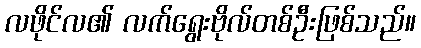
လဖိုင်လ၏ လက်ရွေးဗိုလ်တစ်ဦးဖြစ်သည်။